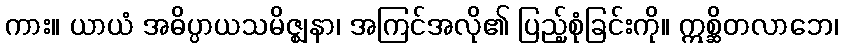
ကား။ ယာယံ အဓိပ္ပာယသမိဇ္ဈနာ၊ အကြင်အလို၏ ပြည့်စုံခြင်းကို။ ဣစ္ဆိတလာဘေ၊